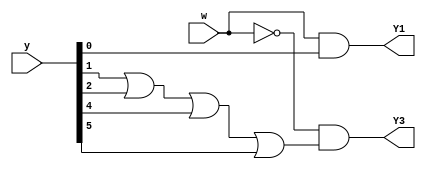
module top_module (
    input [5:0] y,
    input w,
    output Y1,
    output Y3
);
   	parameter A= 0,B= 1,C= 2,D= 3,E= 4,F= 5;
    
    assign Y1=w&y[A];
    assign Y3=~w&(y[B]|y[C]|y[E]|y[F]);

endmodule